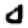
Digit: 0